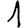
Digit: 1